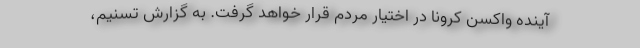
آینده واکسن کرونا در اختیار مردم قرار خواهد گرفت. به گزارش تسنیم،